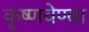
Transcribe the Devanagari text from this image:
कृष्णवेण्वा